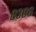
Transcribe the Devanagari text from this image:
६३०६